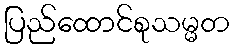
ပြည်ထောင်စုသမ္မတ